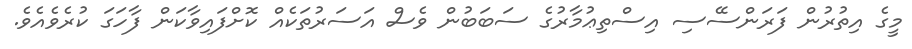
މީގެ އިތުރުން ފަރަންސޭސި އިސްތިޢުމާރުގެ ސަބަބުން ވެސް އަސަރުތަކެއް ކޮށްފައިވާކަން ފާހަގަ ކުރެވެއެވެ.